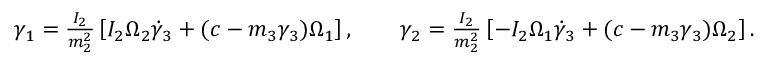
\begin{array} { r } { \gamma _ { 1 } = \frac { I _ { 2 } } { m _ { 2 } ^ { 2 } } \left[ I _ { 2 } \Omega _ { 2 } \dot { \gamma } _ { 3 } + ( c - m _ { 3 } \gamma _ { 3 } ) \Omega _ { 1 } \right] , \qquad \gamma _ { 2 } = \frac { I _ { 2 } } { m _ { 2 } ^ { 2 } } \left[ - I _ { 2 } \Omega _ { 1 } \dot { \gamma } _ { 3 } + ( c - m _ { 3 } \gamma _ { 3 } ) \Omega _ { 2 } \right] . } \end{array}